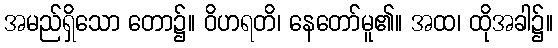
အမည်ရှိသော တော၌။ ဝိဟရတိ၊ နေတော်မူ၏။ အထ၊ ထိုအခါ၌။